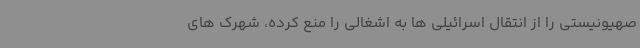
صهیونیستی را از انتقال اسرائیلی ها به اشغالی را منع کرده، شهرک های